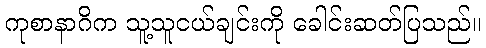
ကုစာနာဂိက သူ့သူငယ်ချင်းကို ခေါင်းဆတ်ပြသည်။